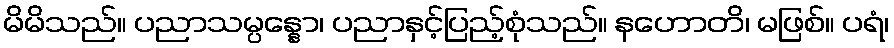
မိမိသည်။ ပညာသမ္ပန္နော၊ ပညာနှင့်ပြည့်စုံသည်။ နဟောတိ၊ မဖြစ်။ ပရံ၊